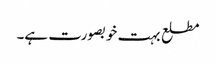
مطلع بہت خوبصورت ہے۔